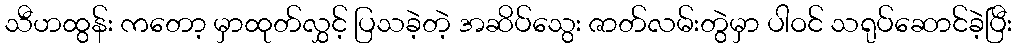
သီဟထွန်း ကတော့ မှာထုတ်လွှင့် ပြသခဲ့တဲ့ အဆိပ်သွေး ဇာတ်လမ်းတွဲမှာ ပါဝင် သရုပ်ဆောင်ခဲ့ပြီး